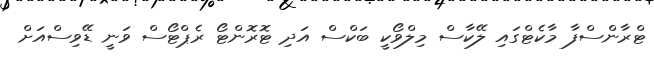
ޓްރާންސްފާ މާކެޓްގައި ލޭކާސް މިލްވޯކީ ބަކްސް އަދި ޓޮރޮންޓޯ ރެޕްޓޯސް ވަނީ ޑޭވިސްއަށް